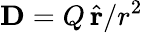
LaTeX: {\mathbf D}=Q\, \hat{{\mathbf r}}/r^{2}